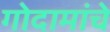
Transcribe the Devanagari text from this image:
गोदामांचे